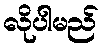
လိုပါမည်